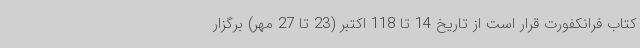
کتاب فرانکفورت قرار است از تاریخ 14 تا 118 اکتبر (23 تا 27 مهر) برگزار